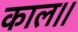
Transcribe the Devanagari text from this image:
काल।।